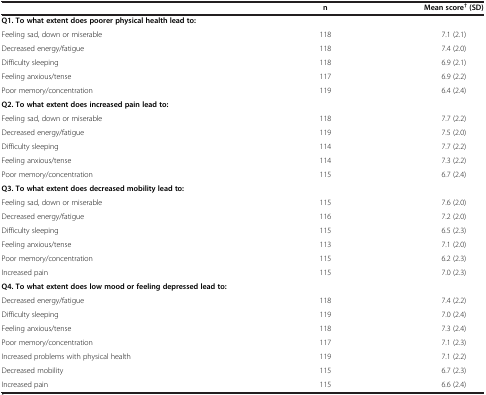
|  | n | Mean score†(SD) |
 | --- | --- | --- |
 | Q1. To what extent does poorer physical health lead to: |  |  |
 | Feeling sad, down or miserable | 118 | 7.1 (2.1) |
 | Decreased energy/fatigue | 118 | 7.4 (2.0) |
 | Difficulty sleeping | 118 | 6.9 (2.1) |
 | Feeling anxious/tense | 117 | 6.9 (2.2) |
 | Poor memory/concentration | 119 | 6.4 (2.4) |
 | Q2. To what extent does increased pain lead to: |  |  |
 | Feeling sad, down or miserable | 118 | 7.7 (2.2) |
 | Decreased energy/fatigue | 119 | 7.5 (2.0) |
 | Difficulty sleeping | 114 | 7.7 (2.2) |
 | Feeling anxious/tense | 114 | 7.3 (2.2) |
 | Poor memory/concentration | 115 | 6.7 (2.4) |
 | Q3. To what extent does decreased mobility lead to: |  |  |
 | Feeling sad, down or miserable | 115 | 7.6 (2.0) |
 | Decreased energy/fatigue | 116 | 7.2 (2.0) |
 | Difficulty sleeping | 115 | 6.5 (2.3) |
 | Feeling anxious/tense | 113 | 7.1 (2.0) |
 | Poor memory/concentration | 115 | 6.2 (2.3) |
 | Increased pain | 115 | 7.0 (2.3) |
 | Q4. To what extent does low mood or feeling depressed lead to: |  |  |
 | Decreased energy/fatigue | 118 | 7.4 (2.2) |
 | Difficulty sleeping | 119 | 7.0 (2.4) |
 | Feeling anxious/tense | 118 | 7.3 (2.4) |
 | Poor memory/concentration | 117 | 7.1 (2.3) |
 | Increased problems with physical health | 119 | 7.1 (2.2) |
 | Decreased mobility | 115 | 6.7 (2.3) |
 | Increased pain | 115 | 6.6 (2.4) |